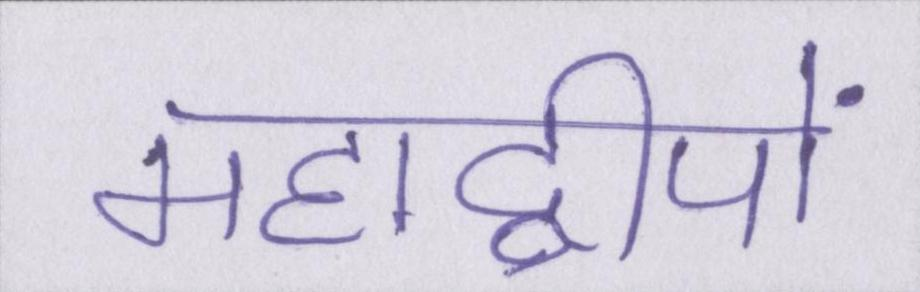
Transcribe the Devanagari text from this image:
महाद्वीपों